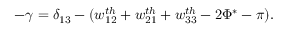
- \gamma = \delta _ { 1 3 } - ( w _ { 1 2 } ^ { t h } + w _ { 2 1 } ^ { t h } + w _ { 3 3 } ^ { t h } - 2 \Phi ^ { * } - \pi ) .